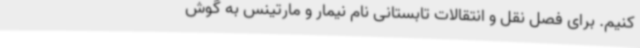
کنیم. برای فصل نقل و انتقالات تابستانی نام نیمار و مارتینس به گوش